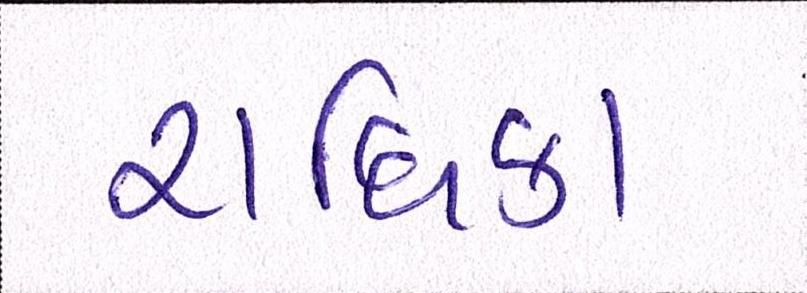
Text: રાધિકા